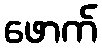
ဖောက်